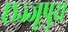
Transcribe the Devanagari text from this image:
छज्जूपुरा